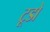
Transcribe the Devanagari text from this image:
टूडो